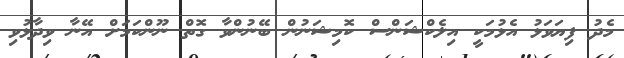
މެދު ފިޔަވަޅު އެޅުމަކީ އިލެކްޝަންސް ކޮމިޝަނުން ބޭނުންވާ ގޮތް ނޫންކަމަށް އޭނާ ވިދާޅުވި